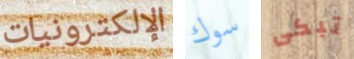
الإلكترونيات سوك تبكى